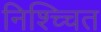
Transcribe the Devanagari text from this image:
निश्च्चित